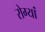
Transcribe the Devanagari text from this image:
रोग्यां